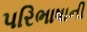
પરિભાષાની